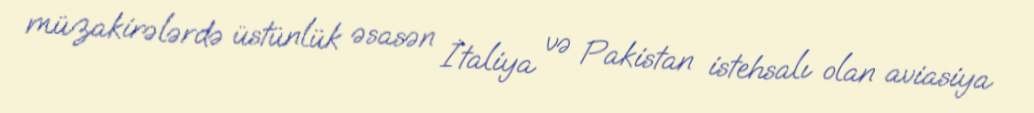
müzakirələrdə üstünlük əsasən İtaliya və Pakistan istehsalı olan aviasiya